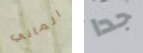
الماني جدا